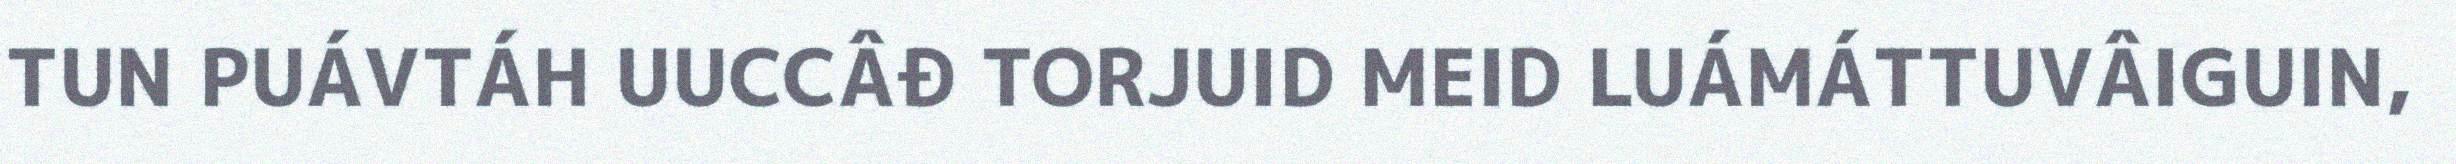
TUN PUÁVTÁH UUCCÂĐ TORJUID MEID LUÁMÁTTUVÂIGUIN,